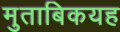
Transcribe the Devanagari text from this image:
मुताबिकयह